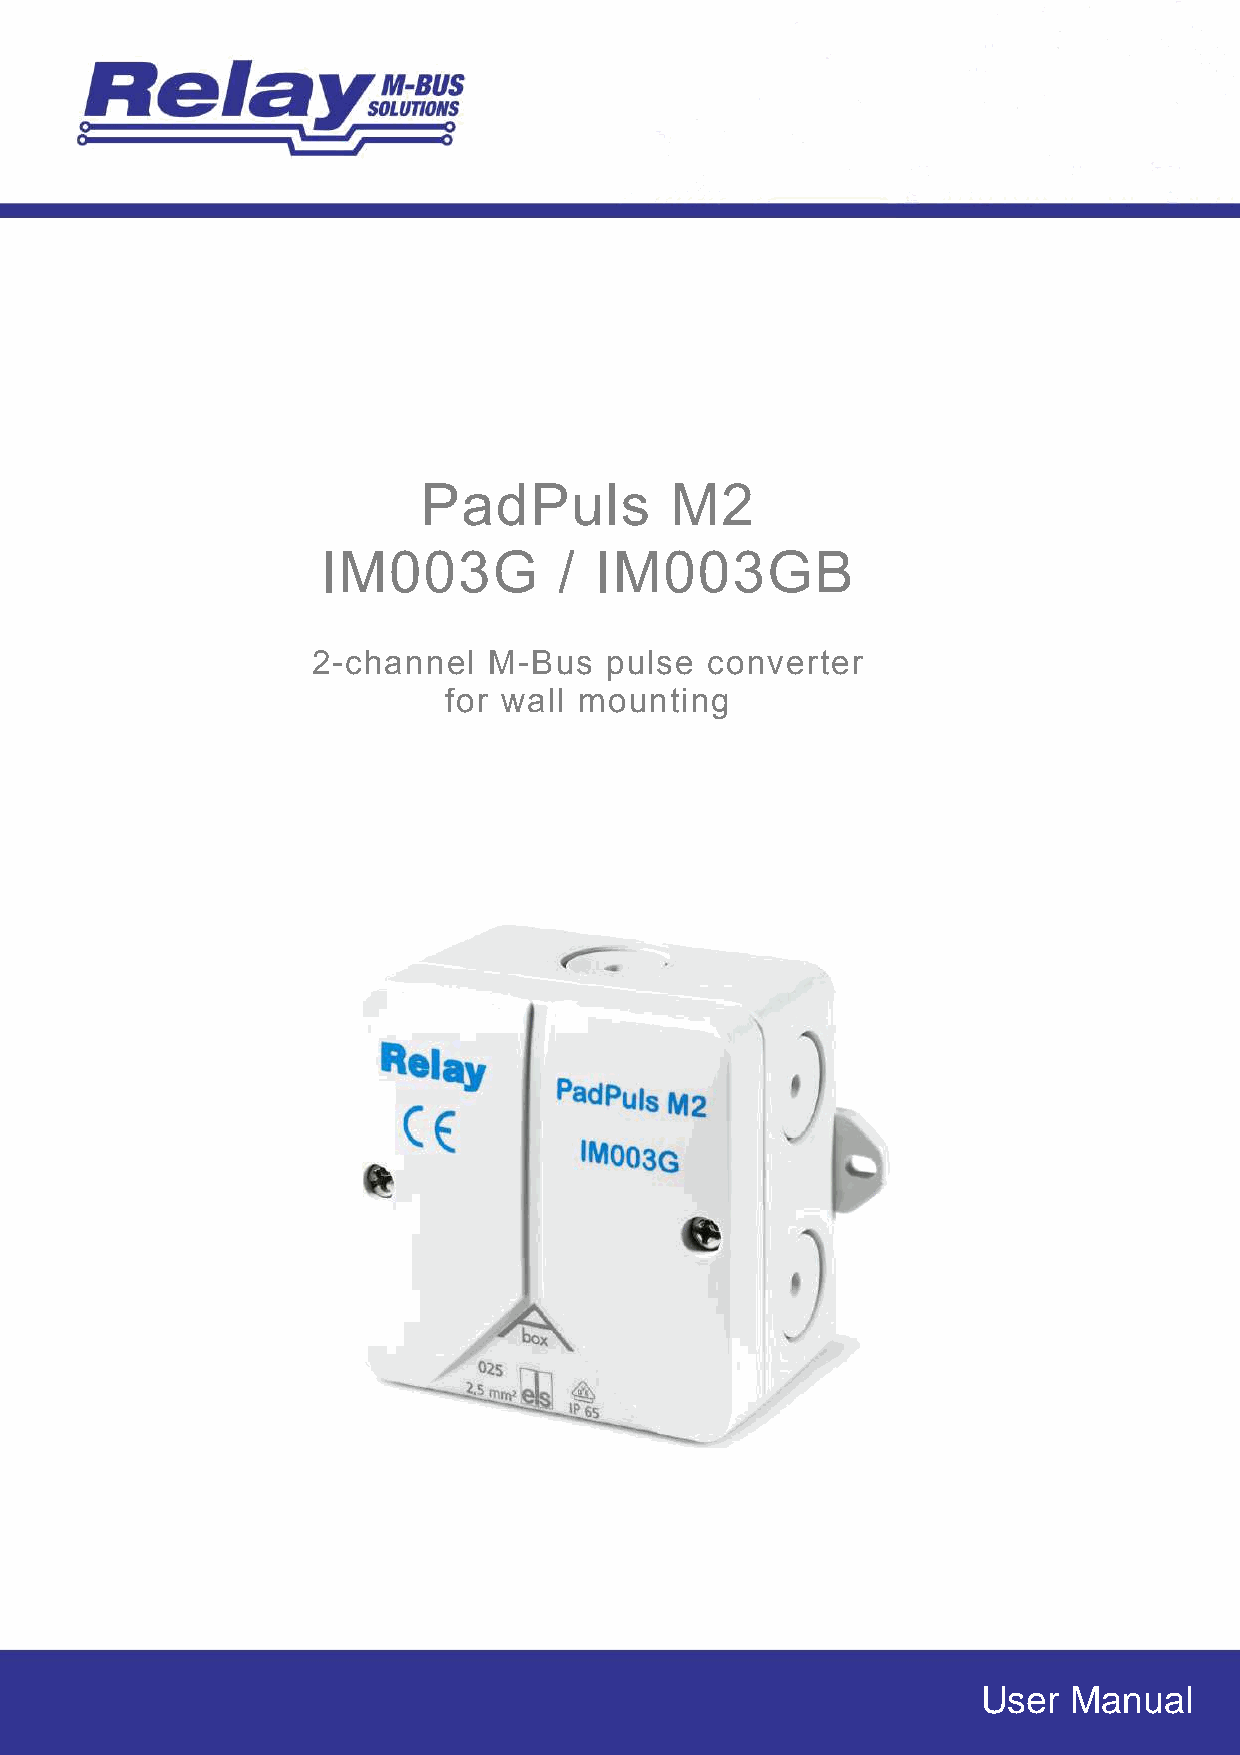
PadPuls         M2
 IM003G          / IM003GB
 2-channel  M-Bus   pulse  converter
 for wall mounting
 User  Manual